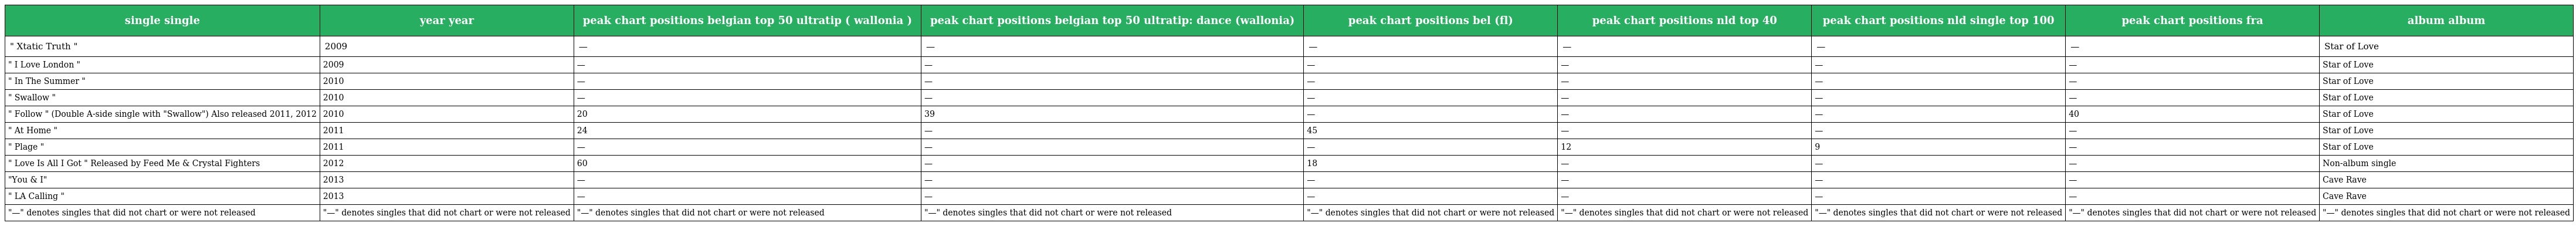
| single single | year year | peak chart positions belgian top 50 ultratip ( wallonia ) | peak chart positions belgian top 50 ultratip: dance (wallonia) | peak chart positions bel (fl) | peak chart positions nld top 40 | peak chart positions nld single top 100 | peak chart positions fra | album album |
 | --- | --- | --- | --- | --- | --- | --- | --- | --- |
 | " Xtatic Truth " | 2009 | — | — | — | — | — | — | Star of Love |
 | " I Love London " | 2009 | — | — | — | — | — | — | Star of Love |
 | " In The Summer " | 2010 | — | — | — | — | — | — | Star of Love |
 | " Swallow " | 2010 | — | — | — | — | — | — | Star of Love |
 | " Follow " (Double A-side single with "Swallow") Also released 2011, 2012 | 2010 | 20 | 39 | — | — | — | 40 | Star of Love |
 | " At Home " | 2011 | 24 | — | 45 | — | — | — | Star of Love |
 | " Plage " | 2011 | — | — | — | 12 | 9 | — | Star of Love |
 | " Love Is All I Got " Released by Feed Me & Crystal Fighters | 2012 | 60 | — | 18 | — | — | — | Non-album single |
 | "You & I" | 2013 | — | — | — | — | — | — | Cave Rave |
 | " LA Calling " | 2013 | — | — | — | — | — | — | Cave Rave |
 | "—" denotes singles that did not chart or were not released | "—" denotes singles that did not chart or were not released | "—" denotes singles that did not chart or were not released | "—" denotes singles that did not chart or were not released | "—" denotes singles that did not chart or were not released | "—" denotes singles that did not chart or were not released | "—" denotes singles that did not chart or were not released | "—" denotes singles that did not chart or were not released | "—" denotes singles that did not chart or were not released |